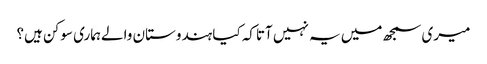
میری سمجھ میں یہ نہیں آتاکہ کیا ہندوستان والےہماری سوکن ہیں؟